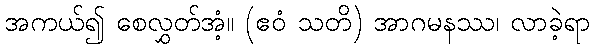
အကယ်၍ စေလွှတ်အံ့။ (ဧဝံ သတိ) အာဂမနဿ၊ လာခဲ့ရာ